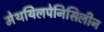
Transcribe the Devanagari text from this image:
मेथयिलपेनिसिलीन